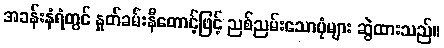
အခန်းနံရံတွင် နှုတ်ခမ်းနီတောင့်ဖြင့် ညစ်ညမ်းသောပုံများ ဆွဲထားသည်။